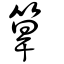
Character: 筸